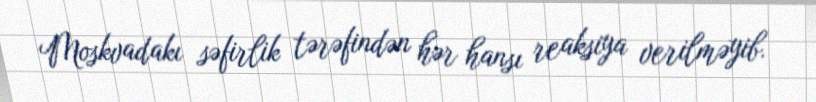
Moskvadakı səfirlik tərəfindən hər hansı reaksiya verilməyib.